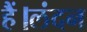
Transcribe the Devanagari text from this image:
हैं।लंदन